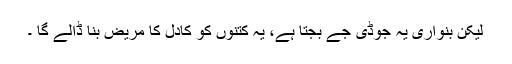
لیکن بنواری یہ جوڈی جے بجتا ہے، یہ کتنوں کو کادل کا مریض بنا ڈالے گا ۔